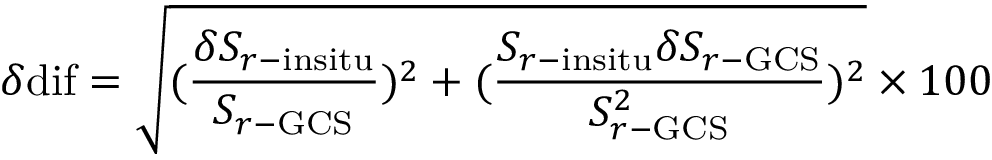
{ \delta \mathrm { { d i f } } } = \sqrt { ( \frac { \delta S _ { r - \mathrm { { i n s i t u } } } } { S _ { r - \mathrm { { G C S } } } } ) ^ { 2 } + ( \frac { S _ { r - \mathrm { { i n s i t u } } } \delta S _ { r - \mathrm { { G C S } } } } { S _ { r - \mathrm { { G C S } } } ^ { 2 } } ) ^ { 2 } } \times 1 0 0 \